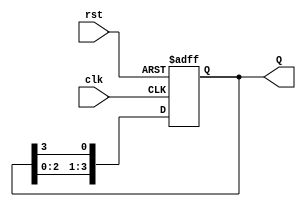
module johnson_counter(
    input wire clk,
    input wire rst,
    output reg [3:0] Q
);

always @(posedge clk or posedge rst)
begin
    if(rst) begin
        Q <= 4'b0000;
    end else begin
        Q <= {Q[2:0], Q[3]};
    end
end

endmodule